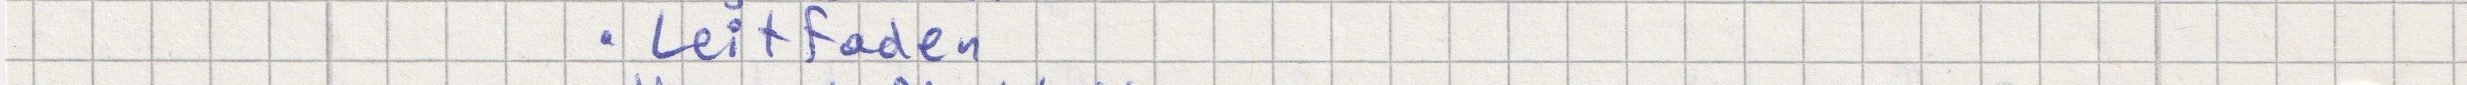
- Leitfaden